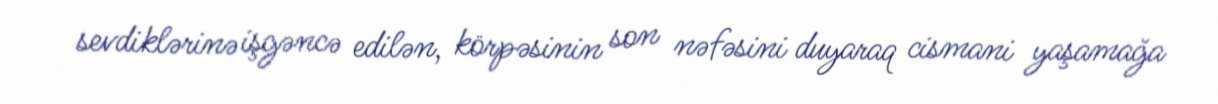
sevdiklərinə işgəncə edilən, körpəsinin son nəfəsini duyaraq cismani yaşamağa